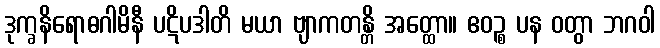
ဒုက္ခနိရောဓဂါမိနီ ပဋိပဒါတိ မယာ ဗျာကတန္တိ အတ္ထော။ ဧဝဉ္စ ပန ဝတွာ ဘဂဝါ